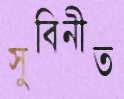
সুবিনীত